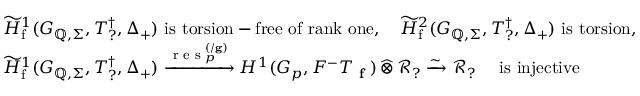
\begin{array} { r } { \begin{array} { r l } & { \widetilde { H } _ { \mathrm { f } } ^ { 1 } ( G _ { \mathbb { Q } , \Sigma } , T _ { ? } ^ { \dagger } , \Delta _ { + } ) \mathrm { ~ i s ~ t o r s i o n - f r e e ~ o f ~ r a n k ~ o n e } , \quad \widetilde { H } _ { \mathrm { f } } ^ { 2 } ( G _ { \mathbb { Q } , \Sigma } , T _ { ? } ^ { \dagger } , \Delta _ { + } ) \mathrm { ~ i s ~ t o r s i o n } , } \\ & { \widetilde { H } _ { \mathrm { f } } ^ { 1 } ( G _ { \mathbb { Q } , \Sigma } , T _ { ? } ^ { \dagger } , \Delta _ { + } ) \xrightarrow { \textup { r e s } _ { p } ^ { ( / \mathbf { g } ) } } H ^ { 1 } ( G _ { p } , F ^ { - } T _ { \textup { \bf f } } ) \, \widehat { \otimes } \, \mathcal { R } _ { ? } \xrightarrow { \sim } \mathcal { R } _ { ? } \quad \mathrm { ~ i s ~ i n j e c t i v e } } \end{array} } \end{array}